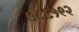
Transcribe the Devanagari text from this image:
७८६१९२